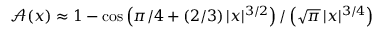
{ \mathcal A ( x ) \approx 1 - \cos \left( \pi / 4 + ( 2 / 3 ) \, | x | ^ { 3 / 2 } \right) / \left( \sqrt { \pi } \, | x | ^ { 3 / 4 } \right) }